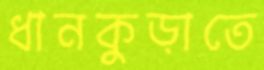
ধানকুড়াতে